Lunatic asylums Punjab 1895-1910 - 1895-1910
Year: 1895
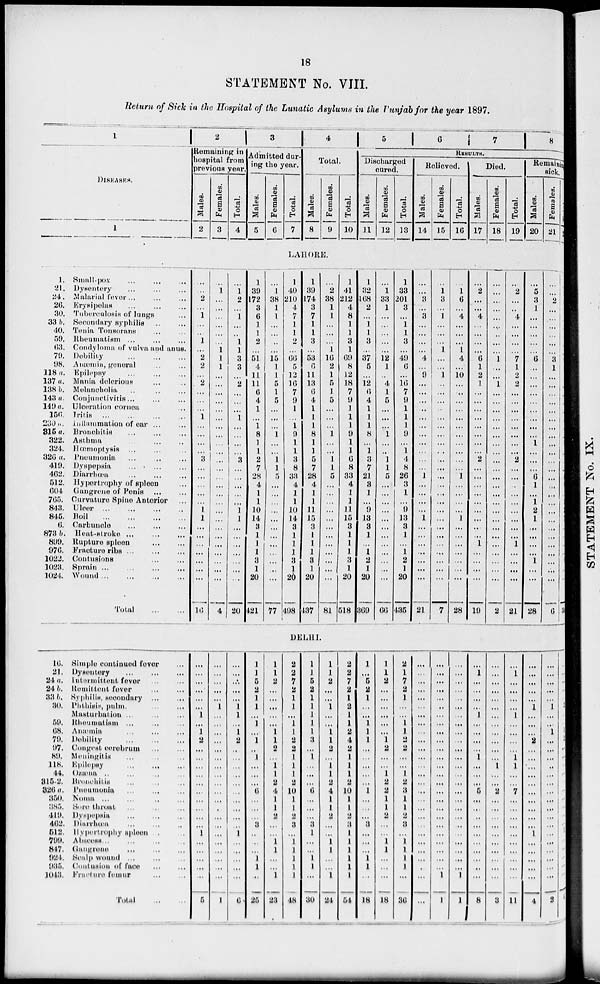
18
STATEMENT No. VIII.
Return of Sick in the Hospital of the Lunatic Asylums in the Punjab for the year 1897.
1
DISEASES.
1
1.
21.
24.
26.
30.
33 b.
40.
59.
63.
70.
98.
118 a.
137 a.
138b.
143 a.
149 a.
156.
230 a.
315 a.
322.
324.
326a.
419.
462.
512.
604.
765.
843.
845.
6.
873b.
899.
976.
1022.
1023.
1024.
Small-pox ... ... ...
Dysontery ... ... ...
Malarial fever ... ... ...
Erysipelas
...
...
...
Tuberculosis of lungs ...
Secondary syphilis ... ...
Tenia Tonsorans ... ...
Rheumatism
...
...
...
Condyloma of vulva and anus.
Debility
...
...
...
Anæmia, general ... ... ...
Epilepsy
...
...
...
Mania delerious ... ... ...
Melancholia ... ... ...
Conjunctivitis
...
...
...
Ulceration cornea ... ...
Tritis ... ... ... ...
inflammation of car ... ...
Bronchitis
...
...
...
Asthma
...
...
...
...
Hæmoptysis ... ... ... ...
Pneumonia ... ... ... ...
Dyspepsia ... ... ... ...
Diarrhœa ... ... ...
Hypertrophy of spleen ...
Gangrene of Penis
...
...
Curvature Spine Anterior ...
Ulcer
...
...
...
...
Boil
...
...
...
...
Carbuncle
...
...
...
Heat-stroke
...
...
...
Rupture spleen ... ... ...
Fracture ribs ... ... ...
Contusions ... ... ... ...
Sprain
...
...
...
...
Wound
...
...
...
...
Total
...
...
2
Remaining in
hospital from
previous year.
Males.
2
Females.
3
Total.
4
3
Admitted dur-
ing the year.
Males.
5
Females.
6
Total.
7
4
Total.
Males.
8
Females.
9
Total.
10
5
6
7
8
RESULTS.
Discharged
cured.
Males.
11
Females.
12
Total.
13
Relieved.
Males.
14
Females.
15
Total.
16
Died.
Males.
17
Females.
18
Total.
19
Remaiting
sick.
Males.
20
Females.
21
Total.
22
LAHORE.
...
...
2
...
1
...
...
1
...
2
2
...
2
...
...
...
1
...
...
...
...
3
...
...
...
...
...
1
1
...
...
...
...
...
...
...
16
...
1
...
...
...
...
...
...
1
1
1
...
...
...
...
...
...
...
...
...
...
...
...
...
...
...
...
...
...
...
...
...
...
...
...
...
4
...
1
2
...
1
...
...
1
1
3
3
...
2
...
...
...
1
...
...
...
...
3
...
...
...
...
...
1
1
...
...
...
...
...
...
...
20
1
39
172
8
6
1
1
2
...
51
4
11
11
6
4
1
...
1
8
1
1
2
7
28
4
1
1
10
14
8
1
1
1
3
1
20
421
...
1
38
1
1
...
...
...
...
15
1
1
5
1
5
...
...
...
1
...
1
1
5
...
...
...
...
...
...
...
...
...
...
...
77
1
40
210
4
7
1
1
2
...
66
5
12
16
7
9
1
...
1
9
1
1
3
8
33
4
1
1
10
14
8
1
1
1
3
1
26
498
1
39
174
3
7
1
1
3
...
53
6
11
13
6
4
1
1
1
8
1
1
5
7
28
4
1
1
11
15
3
1
1
1
8
1
20
487
...
2
38
1
1
...
...
...
1
16
2
1
5
1
5
...
...
...
1
...
...
1
1
5
...
...
...
...
...
...
...
...
...
...
...
...
81
1
41
212
4
8
1
1
3
1
69
8
12
18
7
9
1
1
1
9
1
1
6
8
33
4
1
1
11
15
8
1
1
1
3
1
20
518
1
32
168
2
...
1
1
3
...
37
5
...
12
6
4
1
1
1
8
...
1
8
7
21
8
1
...
9
18
8
1
...
1
2
1
20
869
...
1
33
1
...
...
...
...
...
12
1
...
4
1
5
...
...
...
1
...
...
1
1
5
...
...
...
...
...
...
...
...
...
...
...
...
66
1
33
201
8
...
1
1
3
...
49
6
...
16
7
9
1
1
1
9
...
1
4
8
26
3
1
...
9
13
3
1
...
1
2
1
20
485
...
...
8
...
3
...
...
...
...
4
...
9
...
...
...
...
...
...
...
...
...
...
...
1
...
...
...
...
1
...
...
...
...
...
...
...
21
...
1
3
...
1
...
...
...
1
...
...
1
...
...
...
...
...
...
...
...
...
...
...
...
...
...
...
...
...
...
...
...
...
...
...
...
7
...
1
6
...
4
...
...
...
1
4
...
10
...
...
...
...
...
...
...
...
...
...
...
1
...
...
...
...
1
...
...
...
...
...
...
...
28
...
2
...
...
4
...
...
...
...
6
1
2
1
...
...
...
...
...
...
...
...
2
...
...
...
...
...
...
...
...
...
1
...
...
...
...
19
...
...
...
...
...
...
...
...
...
1
...
...
1
...
...
...
...
...
...
...
...
...
...
...
...
...
...
. ..
...
...
...
...
...
...
...
...
2
...
2
...
...
4
...
...
...
...
7
1
2
2
...
...
...
...
...
...
...
...
2
...
...
...
...
...
...
...
...
...
1
...
...
...
...
21
...
5
3
1
...
...
...
...
...
6
...
...
...
...
...
...
...
...
...
1
...
...
...
6
1
...
1
2
1
...
...
...
...
1
...
...
28
...
...
2
...
...
...
...
...
...
3
1
...
...
...
...
...
...
...
...
...
...
...
...
...
...
...
...
...
...
...
...
...
...
...
...
6
DELHI.
16.
21.
24 a.
24 b.
33 b.
30.
59.
68.
79.
97.
89.
118.
44
815-2.
826 a.
850.
885.
419.
462.
612.
799.
847.
924.
935.
1043.
Simple continued fever ...
Dysoutery
...
...
...
Intermittent fever ... ...
Remittent fever ... ...
Syphilis, secondary ... ...
Phthisis, pulm. ... ... ...
Masturbation
...
...
...
Rheumatism
...
...
...
Anæmla
...
...
...
Debility
...
...
...
Congest cerebrum
...
...
Meningitis
...
...
...
Epilepsy
...
...
...
Ozwna
...
...
...
Bronchitis
...
...
...
Pneumonia
...
...
...
Noma
...
...
...
...
Sore throat
...
...
...
Dyspepsia
...
...
...
Diarrhœa
...
...
...
Hypurtrophy spleen ... ... ...
Abscess ... ... ... ...
Gangrene
...
...
...
Scalp wound ... ... ...
Contasion of face
...
...
Fracture fomur ... ... ...
Total
...
...
...
...
...
...
...
...
1
...
1
2
...
...
...
...
...
...
...
...
...
...
1
...
...
...
...
...
5
...
...
...
...
...
1
...
...
...
...
...
...
...
...
...
...
.. .
...
...
...
...
...
...
...
...
...
1
...
...
...
...
...
1
1
...
1
2
...
...
...
...
...
...
...
...
...
...
1
...
...
...
...
...
6
1
1
5
2
1
1
...
1
...
1
...
1
...
...
...
6
...
...
...
3
..
...
...
1
1
...
25
1
1
2
...
...
...
...
...
1
1
2
...
1
1
2
4
1
1
2
...
...
1
1
...
...
1
28
2
2
7
2
...
...
...
...
...
...
...
...
...
...
...
10
...
...
...
...
...
...
...
...
...
...
48
1
1
5
2
1
1
1
1
1
3
...
1
...
...
...
6
...
...
...
3
1
...
...
1
1
...
30
1
1
2
...
...
1
...
...
1
1
2
...
1
1
2
4
1
1
2
...
...
1
1
...
...
1
24
2
2
7
2
1
2
1
1
2
4
2
1
1
1
2
10
1
1
2
3 1
1
1
1
1
1
54
1
...
6
2
1
...
...
1
1
1
...
...
...
...
...
1
...
...
...
3
...
...
...
1
1
...
18
1
1
2
...
...
...
...
...
...
1
2
...
...
1
2
2
1
1
2
...
...
1
1
...
...
...
18
2
1
7
2
1
...
...
1
1
2
2
...
...
1
2
3 1
1
2
3
...
1
1
1
1
...
36
...
...
...
...
...
...
...
...
...
...
...
...
...
...
...
...
...
...
...
...
...
...
...
...
...
...
...
...
...
...
...
...
...
...
...
...
...
...
...
...
...
...
...
...
...
...
...
...
...
...
...
...
1
1
...
...
...
...
...
...
...
...
...
...
...
...
...
...
...
...
...
...
...
...
...
...
...
...
...
1
1
...
1
...
...
...
...
1
...
...
...
...
1
...
...
...
5
...
...
...
...
...
...
...
...
...
...
8
...
...
...
...
...
...
...
...
...
...
...
...
1
...
...
2
...
...
...
...
...
...
...
...
...
...
8
...
1
...
...
...
...
1
...
...
...
...
1
1
...
...
7
...
...
...
...
...
...
...
...
...
...
11
...
...
...
...
...
1
...
...
...
2
...
...
...
...
...
...
.. .
...
...
...
1
...
...
...
...
...
4
...
...
...
...
1
...
...
1
...
...
...
...
...
...
...
...
...
...
...
...
...
...
...
...
...
2
...
5
5
1
...
...
...
...
...
9
1
...
...
...
...
...
...
...
...
1
...
...
...
...
...
...
...
...
...
...
...
...
...
...
...
...
34
...
...
...
...
...
2
...
...
1
2
...
...
...
...
...
...
...
...
...
...
1
...
...
...
...
...
6